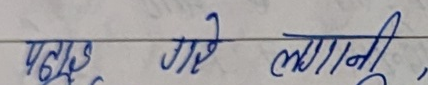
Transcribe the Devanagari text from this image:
पढ्नु गए लगानी,